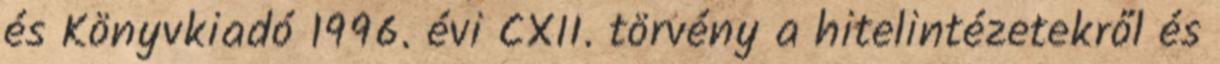
és Könyvkiadó 1996. évi CXII. törvény a hitelintézetekről és